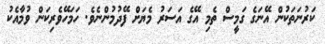
ކަރުނަތަކުން އޭނަގެ ގަމީސް ތެމި އޭގެ އަސަރު މެޔަށް ފޭދުމުންނެވެ. ހަމަހޭވެރިކަން ވުމާއެކު